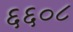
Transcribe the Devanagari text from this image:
६६०८